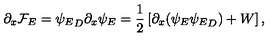
\partial _ { x } { \cal F } _ { E } = { \psi _ { E } } _ { D } \partial _ { x } \psi _ { E } = { \frac { 1 } { 2 } } \left[ \partial _ { x } ( \psi _ { E } { \psi _ { E } } _ { D } ) + W \right] ,